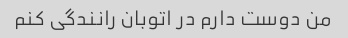
من دوست دارم در اتوبان رانندگی کنم